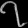
Digit: ၇